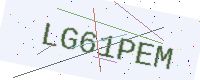
Text: LG61PEM